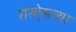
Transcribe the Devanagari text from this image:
रोखे्सच्या